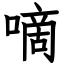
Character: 嘀